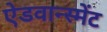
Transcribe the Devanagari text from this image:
ऐडवान्स्मेंट